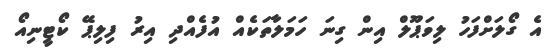
އެ ގޯލަށްފަހު ލިވަޕޫލް އިން ގިނަ ހަމަލާތަކެއް އުފެއްދި އިރު ފިލިޕޭ ކޯޓީނިއޯ